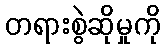
တရားစွဲဆိုမှုကို